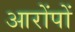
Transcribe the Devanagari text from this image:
आरोंपों